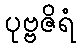
ပုဗ္ဗဇိရံ